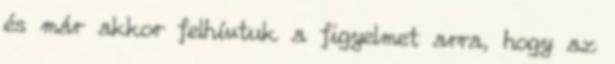
és már akkor felhívtuk a figyelmet arra, hogy az